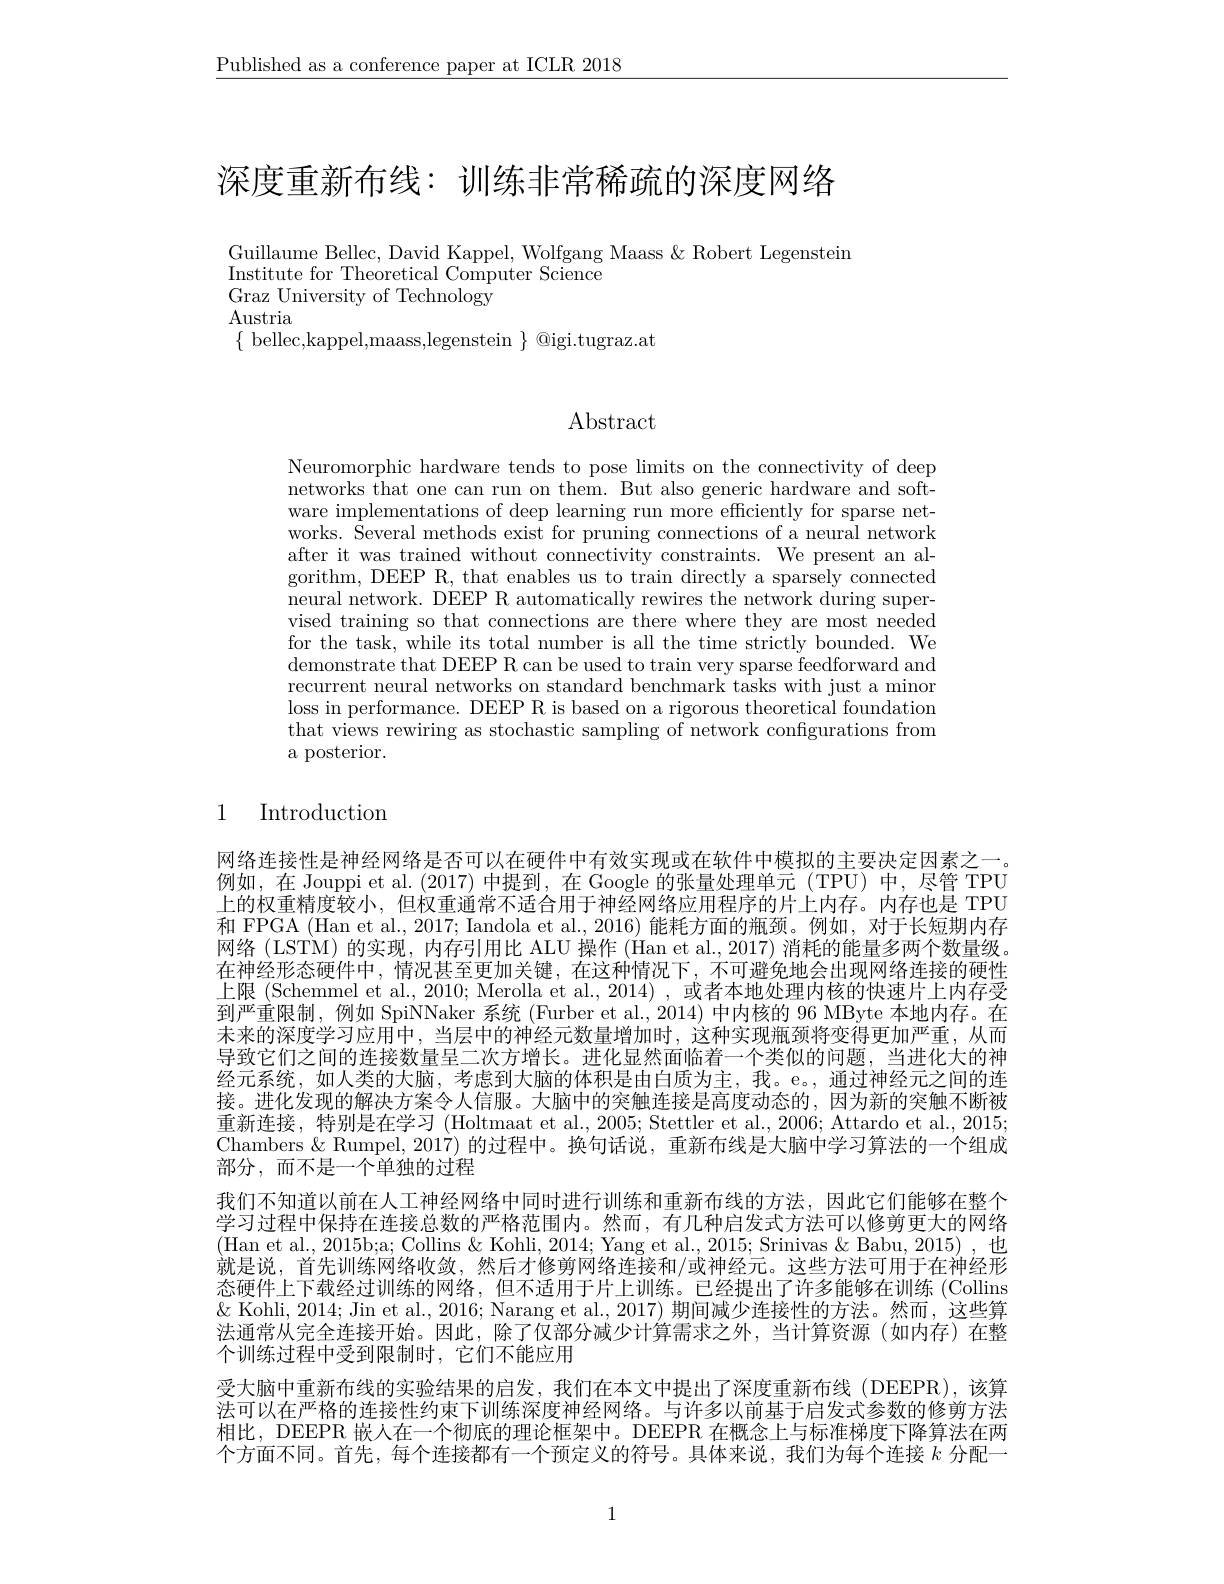
$\underline{\text{Published as a conference paper at ICLR 2018}}$

深度重新布线：训练非常稀疏的深度网络

Guillaume Bellec, David Kappel, Wolfgang Maass & Robert Legenstein
Institute for Theoretical Computer Science
Graz University of Technology
Austria
$\{\begin{array}{c}\text{bellec,kappel,maass,legenstein}\end{array}\}\begin{array}{c}\text{@igi.tugraz.at}\\\end{array}$

$\operatorname{Abstract}$

Neuromorphic hardware tends to pose limits on the connectivity of deep networks that one can run on them. But also generic hardware and software implementations of deep learning run more efficiently for sparse networks. $\hat{\text{Several methods exist for pruning connections of a neural network}}$ after it was trained without connectivity constraints. We present an algorithm, DEEP R, that enables us to train directly a sparsely connected neural network. DEEP R automatically rewires the network during supervised training so that connections are there where they are most needed for the task, while its total number is all the time strictly bounded. We demonstrate that DEEP R can be used to train very sparse feedforward and recurrent neural networks on standard benchmark tasks with just a minor loss in performance. DEEP R is based on a rigorous theoretical foundation that views rewiring as stochastic sampling of network confgurations from a posterior.

### 1 Introduction

网络连接性是神经网络是否可以在硬件中有效实现或在软件中模拟的主要决定因素之一例如，在 Jouppi et al. (2017)中提到，在 Google 的张量处理单元(TPU)中，尽管 TPU 上的权重精度较小，但权重通常不适合用于神经网络应用程序的片上内存。内存也是 TPU 和 FPGA (Han et al., 2017; Iandola et al., 2016)能耗方面的瓶颈。例如，对于长短期内存网络 (ISTM) 的实现，内存引用比 ALU 操作 (Han et al., 2017) 消耗的能量多两个数量级。在神经形态硬件中，情况甚至更加关键，在这种情况下，不可避免地会出现网络连接的硬性上限 (Schemmel et al., 2010; Merolla et al., 2014) , 或者本地处理内核的快速片上内存受到严重限制，例如 SpiNNaker 系统 (Furber et al., 2014) 中内核的 96 MByte 本地内存。在未来的深度学习应用中，当层中的神经元数量增加时，这种实现瓶颈将变得更加严重，从而导致它们之间的连接数量呈二次方增长。进化显然面临着一个类似的问题，当进化大的神经元系统，如人类的大脑，考虑到大脑的体积是由白质为主，我。e。,通过神经元之间的连接。进化发现的解决方案令人信服。大脑中的突触连接是高度动态的，因为新的突触不断被重新连接，特别是在学习 (Holtmaat et al., 2005; Stettler et al., 2006; Attardo et al., 2015; Chambers & Rumpel, 2017) 的过程中。换句话说，重新布线是大脑中学习算法的一个组成部分，而不是一个单独的过程
我们不知道以前在人工神经网络中同时进行训练和重新布线的方法，因此它们能够在整个学习过程中保持在连接总数的严格范围内。然而，有几种启发式方法可以修剪更大的网络(Han et al., 2015b;a; Collins & Kohli, 2014; Yang et al., 2015; Srinivas & Babu, 2015) , 也就是说，首先训练网络收敛，然后才修剪网络连接和/或神经元。这些方法可用于在神经形态硬件上下载经过训练的网络，但不适用于片上训练。已经提出了许多能够在训练 (Collins $\&$ Kohli, 2014; Jin et al., 2016; Narang et al., 2017) 期间减少连接性的方法。然而，这些算法通常从完全连接开始。因此，除了仅部分减少计算需求之外，当计算资源(如内存)在整个训练过程中受到限制时，它们不能应用
受大脑中重新布线的实验结果的启发，我们在本文中提出了深度重新布线(DEEPR),该算法可以在严格的连接性约束下训练深度神经网络。与许多以前基于启发式参数的修剪方法相比，DEEPR 嵌人在一个彻底的理论框架中。DEEPR 在概念上与标准梯度下降算法在两个方面不同。首先，每个连接都有一个预定义的符号。具体来说，我们为每个连接$k$分配一

1